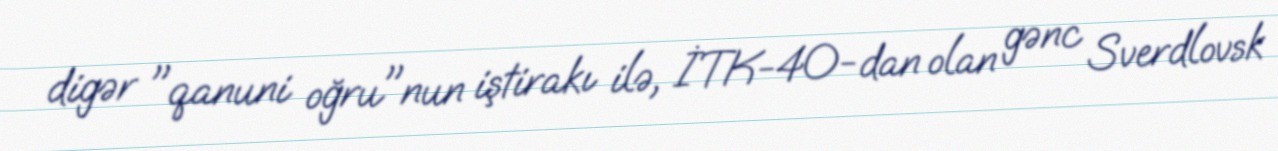
digər "qanuni oğru"nun iştirakı ilə, İTK-40-dan olan gənc Sverdlovsk